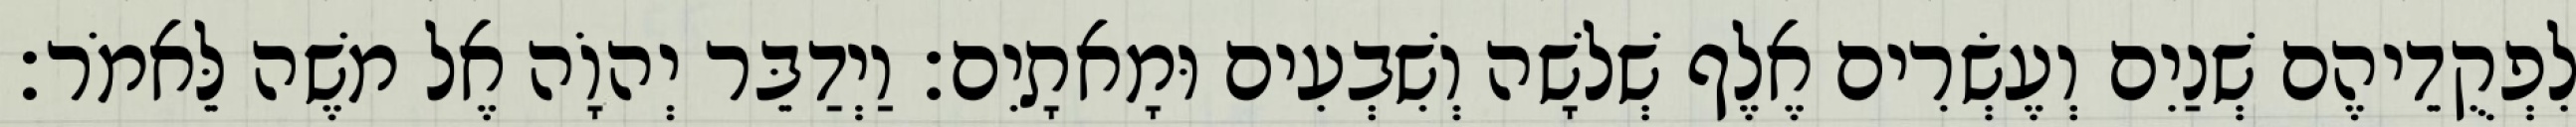
לִפְקֻדֵיהֶם שְׁנַיִם וְעֶשְׂרִים אֶלֶף שְׁלשָׁה וְשִׁבְעִים וּמָאתָיִם׃ וַיְדַבֵּר יְהוָֹה אֶל משֶׁה לֵּאמֹר׃